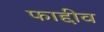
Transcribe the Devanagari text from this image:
फाद्दीव